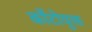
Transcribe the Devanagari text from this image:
काँटोयुक्त